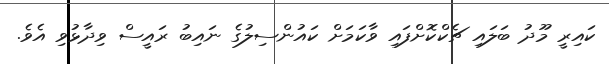
ކައިރީ މޫދު ބަލައި ޗެކްކޮށްފައި ވާކަމަށް ކައުންސިލުގެ ނައިބު ރައީސް ވިދާޅުވި އެވެ.